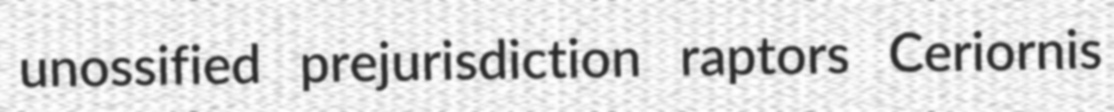
unossified prejurisdiction raptors Ceriornis